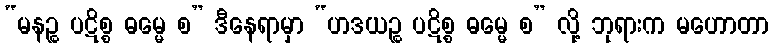
“မနဉ္စ ပဋိစ္စ ဓမ္မေ စ” ဒီနေရာမှာ “ဟဒယဉ္စ ပဋိစ္စ ဓမ္မေ စ” လို့ ဘုရားက မဟောတာ